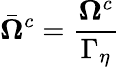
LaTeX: \bar{\boldsymbol{\Omega}}^{c}=\frac{\boldsymbol{\Omega}^{c}}{\Gamma_{\eta}}